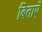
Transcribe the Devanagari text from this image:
बिताएँ